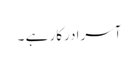
آسرا درکار ہے ۔